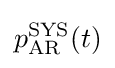
p_{\mathrm {AR} }^{\mathrm {SYS} }(t)